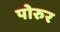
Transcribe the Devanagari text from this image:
पोरुर